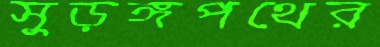
সুড়ঙ্গপথের